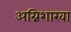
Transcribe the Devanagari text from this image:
अग्निशाखा